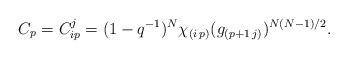
LaTeX: \begin{align*}C_p=C^{j}_{ip} = (1-q^{-1})^N\chi_{(i\,p)}(g_{(p+1\,j)})^{N(N-1)/2}.\end{align*}